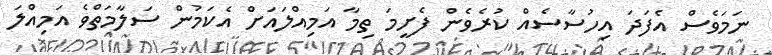
ނަމަވެސް އެފަދަ އިހުސާސެއް ކުރެވެން ފެށީމަ ތިމާ އަމިއްލައަށް އެކަމުން ސަލާމަތްވެ އަމިއްލަ